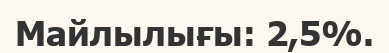
Майлылығы: 2,5%.